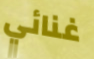
غنائي